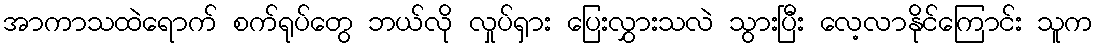
အာကာသထဲရောက် စက်ရုပ်တွေ ဘယ်လို လှုပ်ရှား ပြေးလွှားသလဲ သွားပြီး လေ့လာနိုင်ကြောင်း သူက